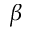
\beta